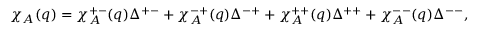
\chi _ { A } ( q ) = \chi _ { A } ^ { + - } ( q ) \Delta ^ { + - } + \chi _ { A } ^ { - + } ( q ) \Delta ^ { - + } + \chi _ { A } ^ { + + } ( q ) \Delta ^ { + + } + \chi _ { A } ^ { -- } ( q ) \Delta ^ { -- } ,